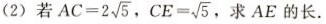
D)(2)若 $$AC=2 \sqrt{5}$$,$$CE= \sqrt{5}$$,求AE的长.